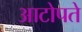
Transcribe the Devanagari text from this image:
आटोपते